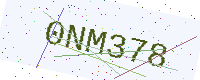
Text: 0NM378